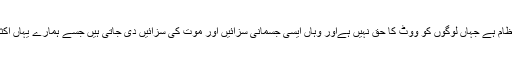
آپ کے ملک میں بادشاہى نظام ہے جہاں لوگوں کو ووٹ کا حق نہیں ہےاور وہاں ایسى جسمانى سزائیں اور موت کى سزائیں دى جاتى ہیں جسے ہمارے یہاں اکثر امریکى ناپسند کرتے ہیں۔